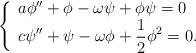
LaTeX: \begin{align*}\left\{\begin{array}{llll}\displaystyle a\phi''+\phi-\omega\psi+\phi\psi=0\\\displaystyle c\psi''+\psi-\omega\phi+\frac 12 \phi^2=0.\end{array}\right.\end{align*}